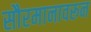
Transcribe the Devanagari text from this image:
सौरमानावरून